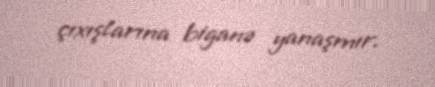
çıxışlarına biganə yanaşmır.